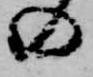
の